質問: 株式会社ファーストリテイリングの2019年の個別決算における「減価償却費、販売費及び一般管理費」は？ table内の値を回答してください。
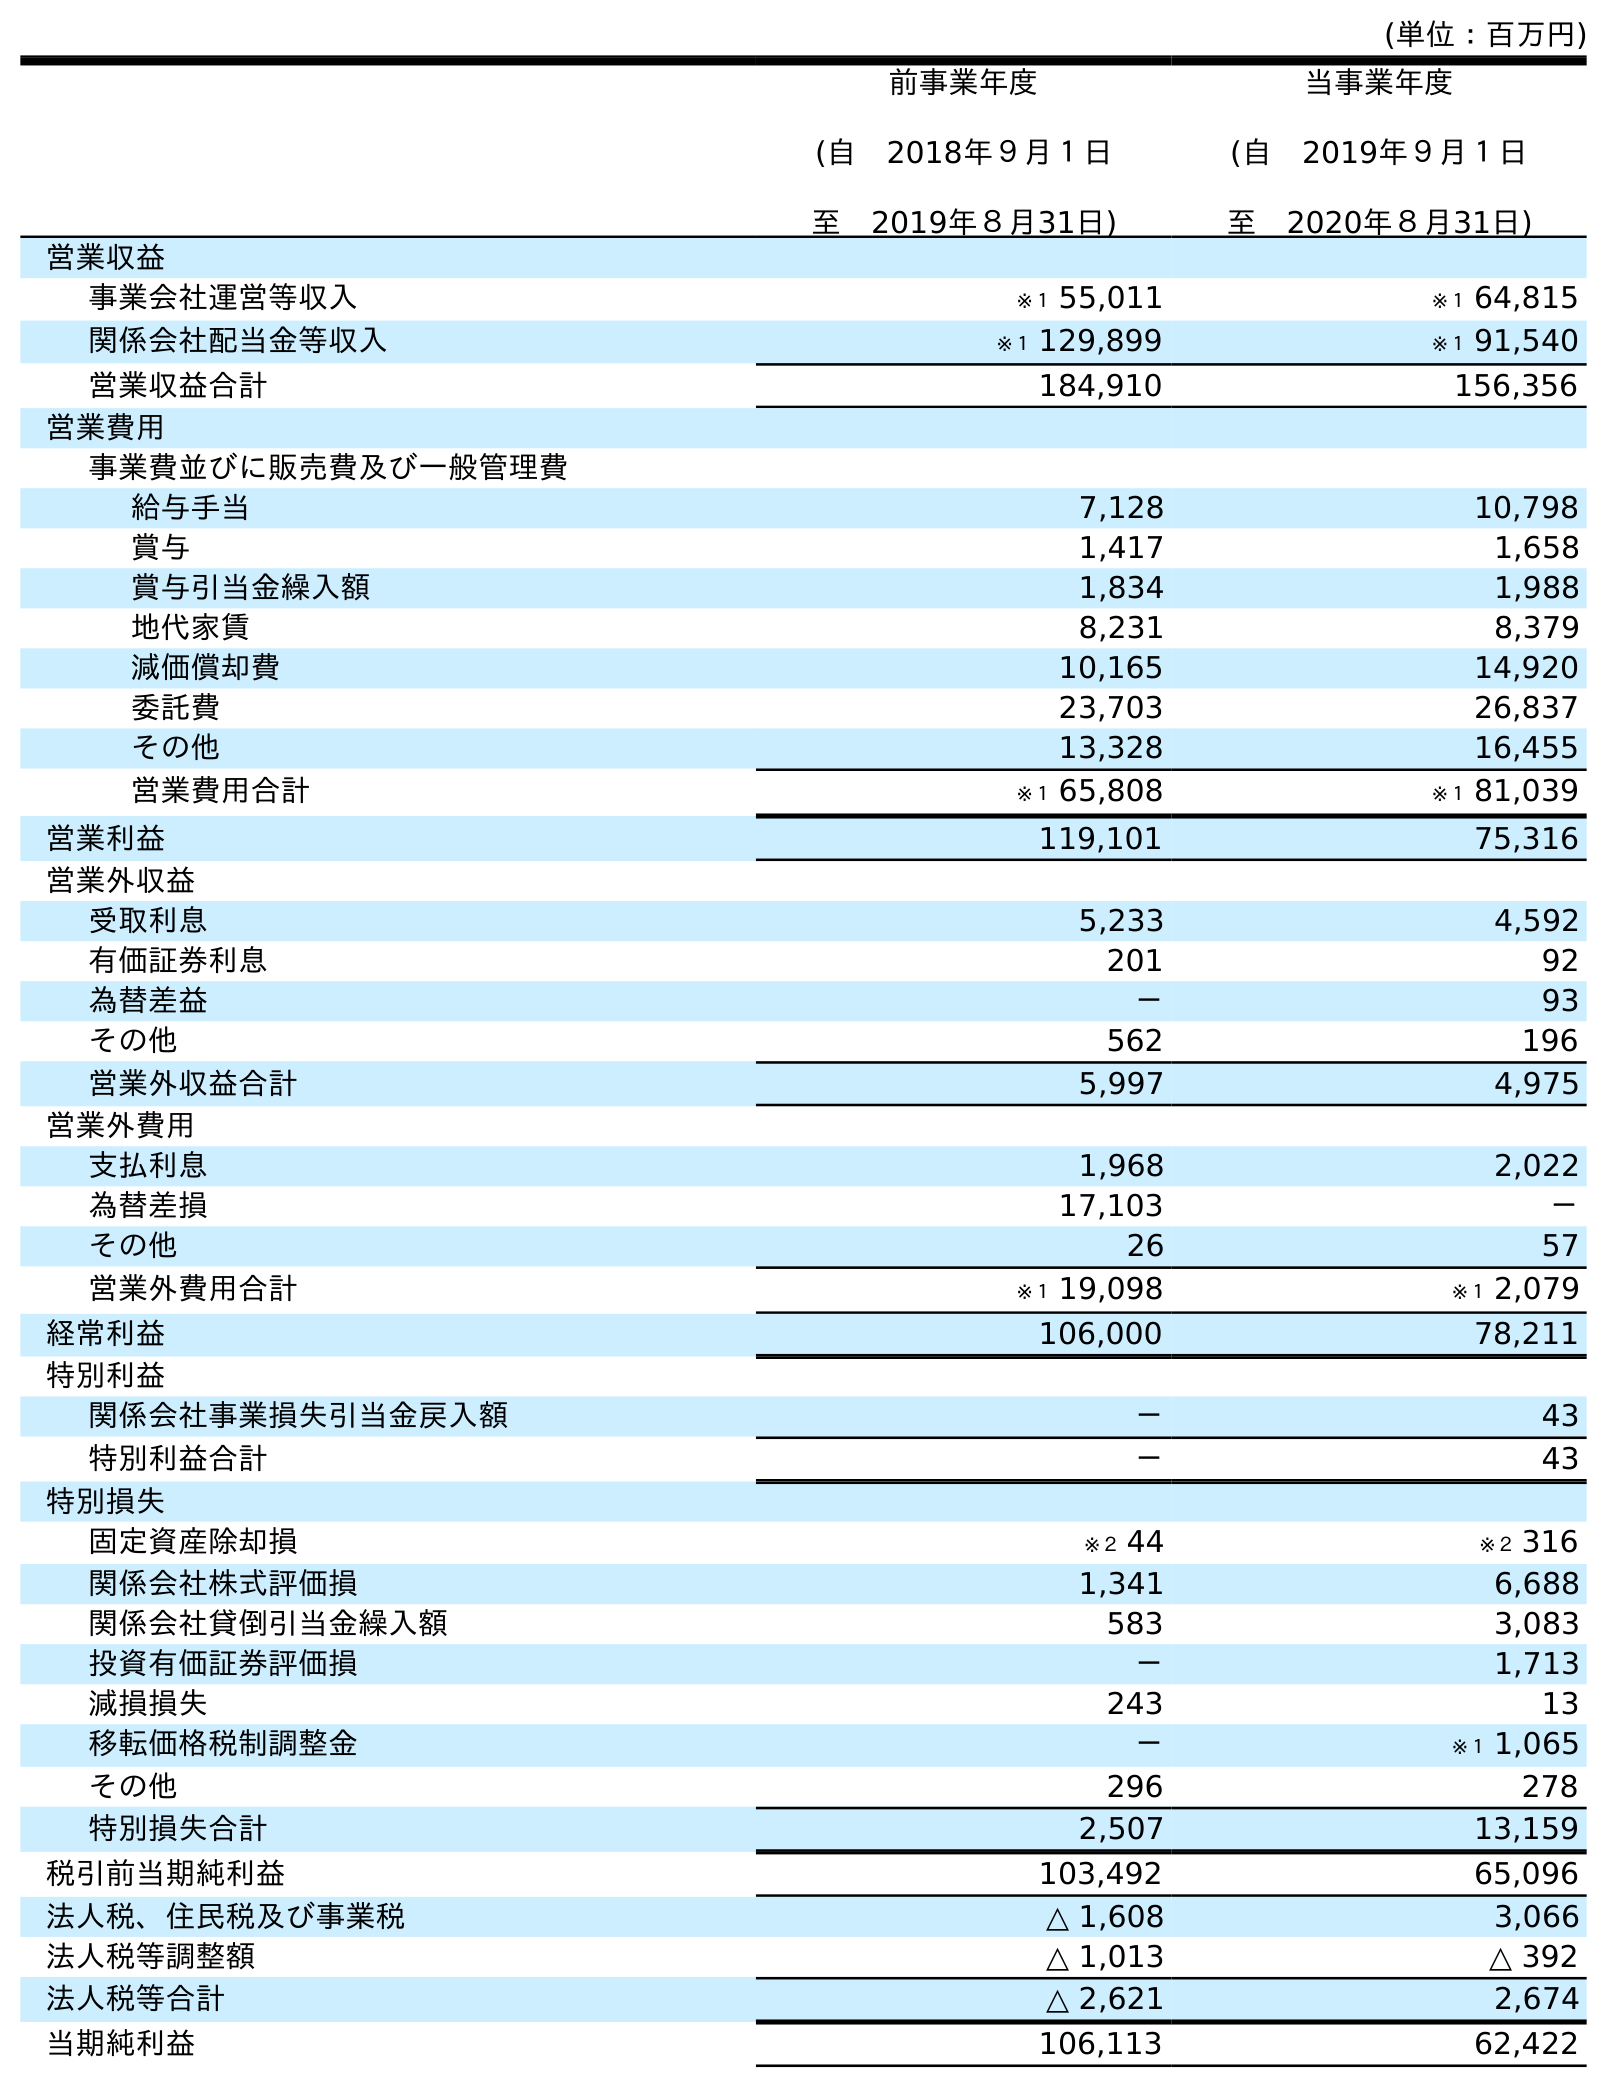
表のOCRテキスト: (単位：百万円) 前事業年度 (自 2018年９月１日 至 2019年８月31日) 当事業年度 (自 2019年９月１日 至 2020年８月31日) 営業収益 事業会社運営等収入 ※１ 55,011 ※１ 64,815 関係会社配当金等収入 ※１ 129,899 ※１ 91,540 営業収益合計 184,910 156,356 営業費用 事業費並びに販売費及び一般管理費 給与手当 7,128 10,798 賞与 1,417 1,658 賞与引当金繰入額 1,834 1,988 地代家賃 8,231 8,379 減価償却費 10,165 14,920 委託費 23,703 26,837 その他 13,328 16,455 営業費用合計 ※１ 65,808 ※１ 81,039 営業利益 119,101 75,316 営業外収益 受取利息 5,233 4,592 有価証券利息 201 92 為替差益 － 93 その他 562 196 営業外収益合計 5,997 4,975 営業外費用 支払利息 1,968 2,022 為替差損 17,103 － その他 26 57 営業外費用合計 ※１ 19,098 ※１ 2,079 経常利益 106,000 78,211 特別利益 関係会社事業損失引当金戻入額 － 43 特別利益合計 － 43 特別損失 固定資産除却損 ※２ 44 ※２ 316 関係会社株式評価損 1,341 6,688 関係会社貸倒引当金繰入額 583 3,083 投資有価証券評価損 － 1,713 減損損失 243 13 移転価格税制調整金 － ※１ 1,065 その他 296 278 特別損失合計 2,507 13,159 税引前当期純利益 103,492 65,096 法人税、住民税及び事業税 △ 1,608 3,066 法人税等調整額 △ 1,013 △ 392 法人税等合計 △ 2,621 2,674 当期純利益 106,113 62,422
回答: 10,165